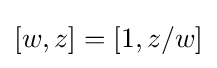
[w,z]=\left[1,z/w\right]